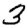
Digit: 3